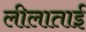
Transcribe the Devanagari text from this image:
लीलाताईं